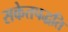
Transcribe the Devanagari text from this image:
सकेतपद्धति